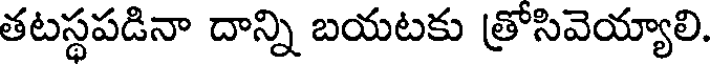
తటస్థపడినా దాన్ని బయటకు త్రోసివెయ్యాలి.